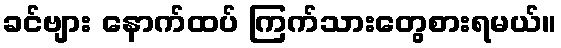
ခင်ဗျား နောက်ထပ် ကြက်သားတွေစားရမယ်။